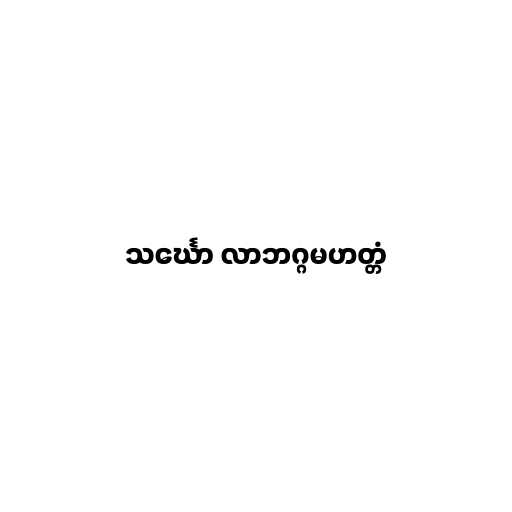
သင်္ဃော လာဘဂ္ဂမဟတ္တံ